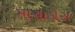
માચાડોસ